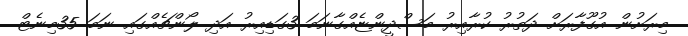
މިރަށުން އުގޫފާރަށް ދަތުރު ކުރާއިރު މަސްދީންޏެއްގާނަމަ 3ގަޑިއިރު އަދި ލޯންޗެއްގައި ނަމަ 35މިނެޓް